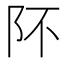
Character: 阫